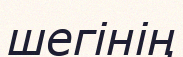
шегінің